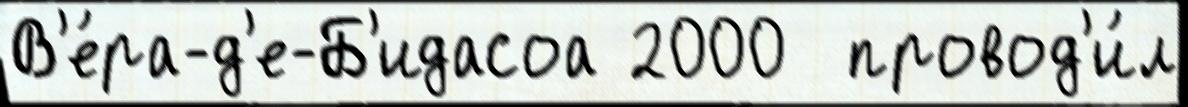
В'е́ра-д'е-Б'идасоа 2000  провод'и́л